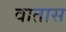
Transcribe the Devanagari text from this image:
वातास